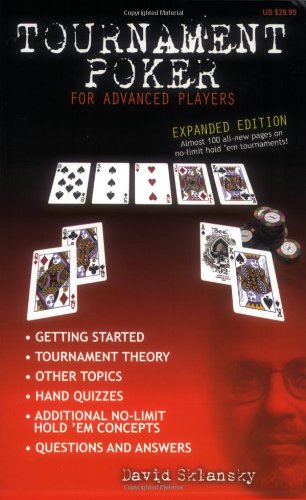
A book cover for Tournament Poker for Advanced Players: Expanded Edition; David Sklansky; Humor & Entertainment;